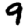
Digit: 9